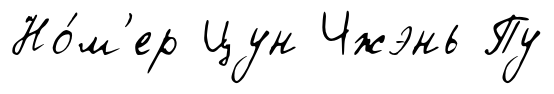
Но́м'ер Цун Чжэнь Пу